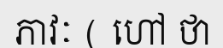
ភាវៈ ( ហៅ ថា